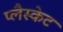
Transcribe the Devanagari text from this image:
प्लैस्केट